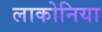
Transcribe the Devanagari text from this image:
लाकोनिया